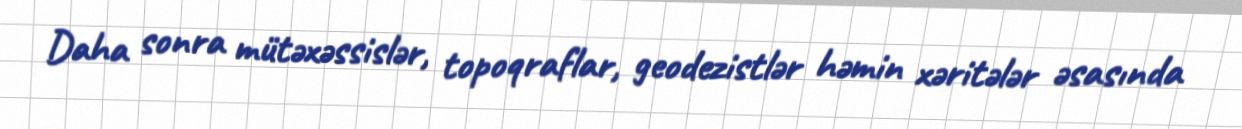
Daha sonra mütəxəssislər, topoqraflar, geodezistlər həmin xəritələr əsasında